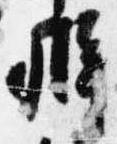
弁